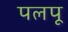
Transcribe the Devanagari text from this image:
पलपू